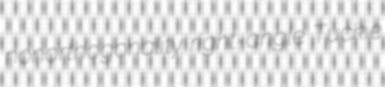
nonorthogonality right-angle Tuckie